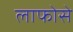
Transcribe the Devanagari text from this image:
लाफोसे